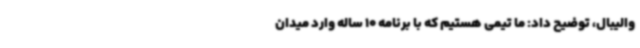
والیبال، توضیح داد: ما تیمی هستیم که با برنامه 10 ساله وارد میدان